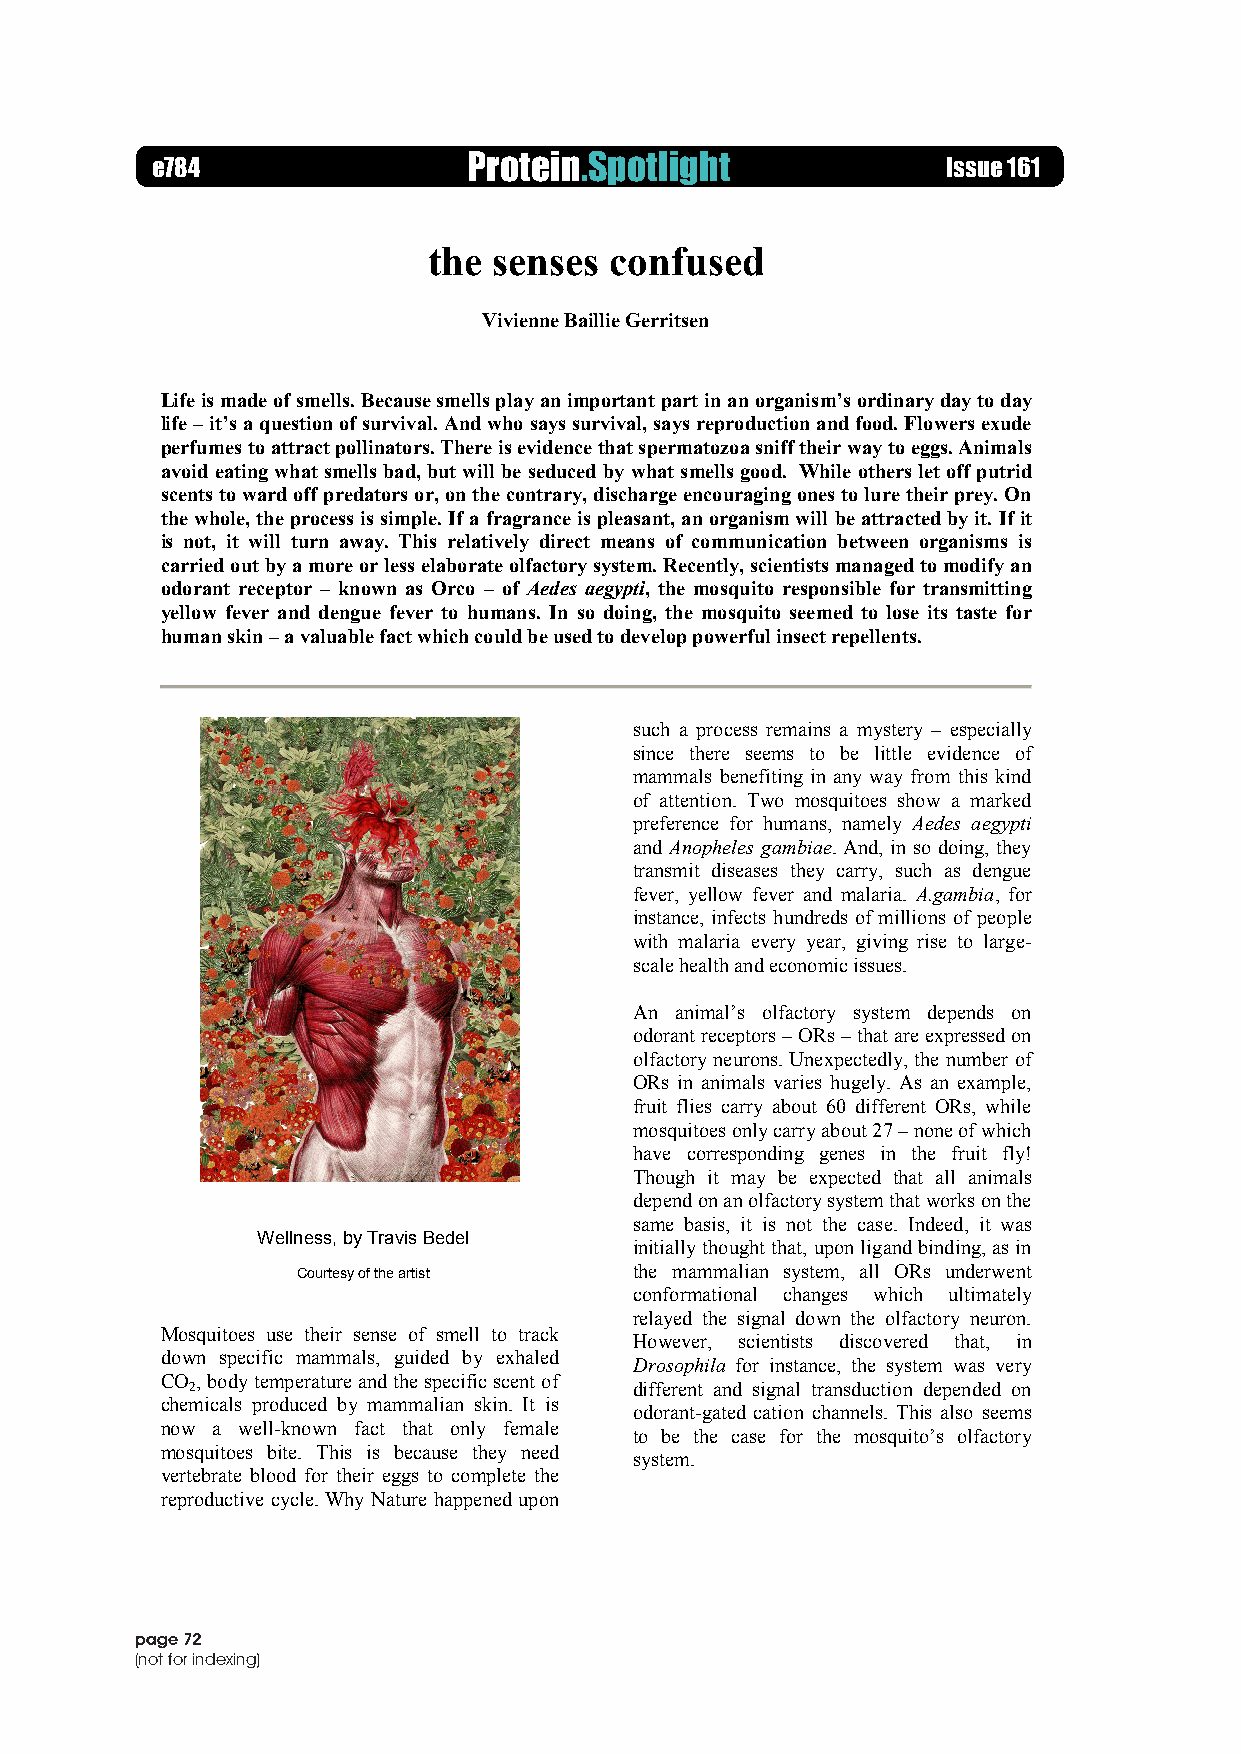
Issue 161, June 2014
 e784                 Protein.Spotlight               Issue 161
 www.proteinspotlight.org
 the  senses confused
 Vivienne Baillie Gerritsen
 Life is made of smells. Because smells play an important part in an organism’s ordinary day to day
 life – it’s a question of survival. And who says survival, says reproduction and food. Flowers exude
 perfumes to attract pollinators. There is evidence that spermatozoa sniff their way to eggs. Animals
 avoid eating what smells bad, but will be seduced by what smells good. While others let off putrid
 scents to ward off predators or, on the contrary, discharge encouraging ones to lure their prey. On
 the whole, the process is simple. If a fragrance is pleasant, an organism will be attracted by it. If it
 is not, it will turn away. This relatively direct means of communication between organisms is
 carried out by a more or less elaborate olfactory system. Recently, scientists managed to modify an
 odorant receptor – known as Orco – of Aedes aegypti, the mosquito responsible for transmitting
 yellow fever and dengue fever to humans. In so doing, the mosquito seemed to lose its taste for
 human skin – a valuable fact which could be used to develop powerful insect repellents.
 such a process remains a mystery – especially
 since there seems to be little evidence of
 mammals benefiting in any way from this kind
 of attention. Two mosquitoes show a marked
 preference for humans, namely Aedes aegypti
 and Anopheles gambiae. And, in so doing, they
 transmit diseases they carry, such as dengue
 fever, yellow fever and malaria. A.gambia, for
 instance, infects hundreds of millions of people
 with malaria every year, giving rise to large-
 scale health and economic issues.
 An animal’s olfactory system depends on
 odorant receptors – ORs – that are expressed on
 olfactory neurons. Unexpectedly, the number of
 ORs in animals varies hugely. As an example,
 fruit flies carry about 60 different ORs, while
 mosquitoes only carry about 27 – none of which
 have corresponding genes in the fruit fly!
 Though it may be expected that all animals
 depend on an olfactory system that works on the
 same basis, it is not the case. Indeed, it was
 Wellness, by Travis Bedel
 initially thought that, upon ligand binding, as in
 Courtesy of the artist the mammalian system, all ORs underwent
 conformational changes which ultimately
 relayed the signal down the olfactory neuron.
 Mosquitoes use their sense of smell to track
 However, scientists discovered that, in
 down specific mammals, guided by exhaled
 Drosophila for instance, the system was very
 CO , body temperature and the specific scent of
 2                            different and signal transduction depended on
 chemicals produced by mammalian skin. It is
 odorant-gated cation channels. This also seems
 now a well-known fact that only female
 to be the case for the mosquito’s olfactory
 mosquitoes bite. This is because they need
 system.
 vertebrate blood for their eggs to complete the
 reproductive cycle. Why Nature happened upon
 page 72
 (not for indexing)